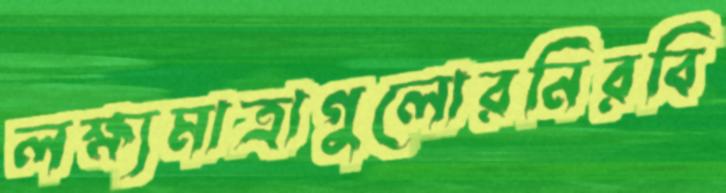
লক্ষ্যমাত্রাগুলোরনিরবি